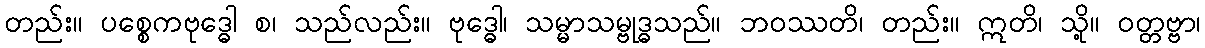
တည်း။ ပစ္စေကဗုဒ္ဓေါ စ၊ သည်လည်း။ ဗုဒ္ဓေါ၊ သမ္မာသမ္ဗုဒ္ဓသည်။ ဘဝဿတိ၊ တည်း။ ဣတိ၊ သို့။ ဝတ္တဗ္ဗာ၊